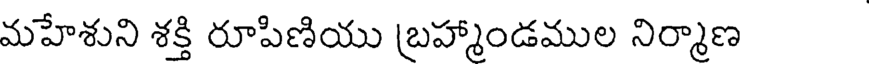
మహేశుని శక్తి రూపిణియు బ్రహ్మాండముల నిర్మాణ